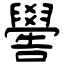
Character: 嚳